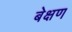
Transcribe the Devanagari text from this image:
बेक्षण